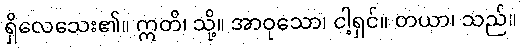
ရှိလေသေး၏။ ဣတိ၊ သို့။ အာဝုသော၊ ငါ့ရှင်။ တယာ၊ သည်။